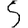
Digit: 5